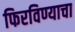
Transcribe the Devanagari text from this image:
फिरविण्याचा